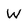
Character: W